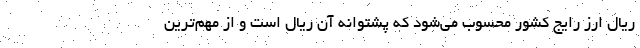
ریال ارز رایج کشور محسوب می‌شود که پشتوانه آن ریال است و از مهم‌ترین